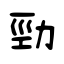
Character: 勁